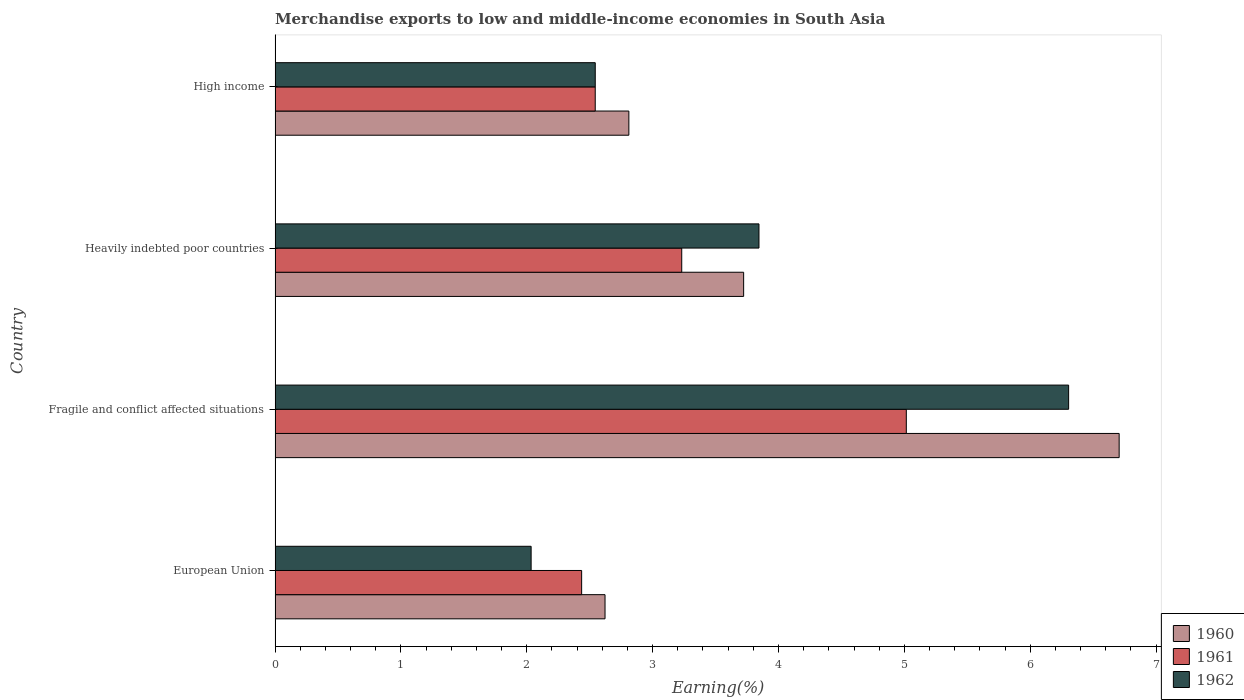
| Country | 1960 | 1961 | 1962 |
 | --- | --- | --- | --- |
 | European Union | 2.62 | 2.44 | 2.03 |
 | Fragile and conflict affected situations | 6.71 | 5.02 | 6.31 |
 | Heavily indebted poor countries | 3.72 | 3.23 | 3.84 |
 | High income | 2.81 | 2.54 | 2.54 |